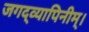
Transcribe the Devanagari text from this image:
जगद्व्यापिनीम्।